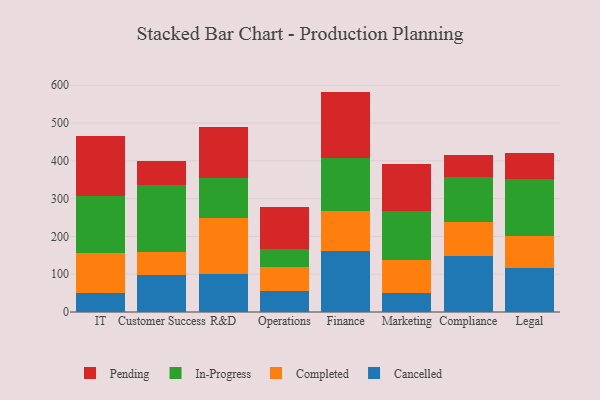
{"axis": {"x": "Department", "y": "Temperature (°C)"}, "legend": ["Cancelled", "Completed", "In-Progress", "Pending"], "data": [{"x": "IT", "y": 50.6, "type": "Cancelled"}, {"x": "IT", "y": 104.3, "type": "Completed"}, {"x": "IT", "y": 152.3, "type": "In-Progress"}, {"x": "IT", "y": 158.8, "type": "Pending"}, {"x": "Customer Success", "y": 97.8, "type": "Cancelled"}, {"x": "Customer Success", "y": 59.8, "type": "Completed"}, {"x": "Customer Success", "y": 179.6, "type": "In-Progress"}, {"x": "Customer Success", "y": 62.3, "type": "Pending"}, {"x": "R&D", "y": 101.2, "type": "Cancelled"}, {"x": "R&D", "y": 148.8, "type": "Completed"}, {"x": "R&D", "y": 104.6, "type": "In-Progress"}, {"x": "R&D", "y": 136.0, "type": "Pending"}, {"x": "Operations", "y": 55.2, "type": "Cancelled"}, {"x": "Operations", "y": 64.5, "type": "Completed"}, {"x": "Operations", "y": 46.1, "type": "In-Progress"}, {"x": "Operations", "y": 111.0, "type": "Pending"}, {"x": "Finance", "y": 162.6, "type": "Cancelled"}, {"x": "Finance", "y": 104.9, "type": "Completed"}, {"x": "Finance", "y": 141.4, "type": "In-Progress"}, {"x": "Finance", "y": 174.4, "type": "Pending"}, {"x": "Marketing", "y": 50.0, "type": "Cancelled"}, {"x": "Marketing", "y": 86.6, "type": "Completed"}, {"x": "Marketing", "y": 129.7, "type": "In-Progress"}, {"x": "Marketing", "y": 126.4, "type": "Pending"}, {"x": "Compliance", "y": 146.9, "type": "Cancelled"}, {"x": "Compliance", "y": 91.3, "type": "Completed"}, {"x": "Compliance", "y": 118.0, "type": "In-Progress"}, {"x": "Compliance", "y": 59.0, "type": "Pending"}, {"x": "Legal", "y": 116.8, "type": "Cancelled"}, {"x": "Legal", "y": 84.5, "type": "Completed"}, {"x": "Legal", "y": 149.7, "type": "In-Progress"}, {"x": "Legal", "y": 71.1, "type": "Pending"}]}